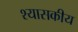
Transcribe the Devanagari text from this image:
श्यासकीय